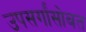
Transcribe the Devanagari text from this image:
उपसर्गांसोबत